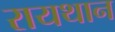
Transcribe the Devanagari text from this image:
रायथान